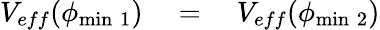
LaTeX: V_{eff}(\phi_{\mathrm{{min}\; 1}})\quad=\quad V_{eff}(\phi_{\mathrm{min}\; 2})